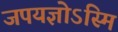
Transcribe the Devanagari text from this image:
जपयज्ञोऽस्मि